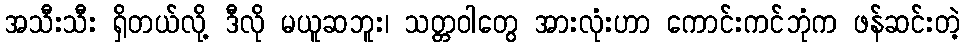
အသီးသီး ရှိတယ်လို့ ဒီလို မယူဆဘူး၊ သတ္တဝါတွေ အားလုံးဟာ ကောင်းကင်ဘုံက ဖန်ဆင်းတဲ့